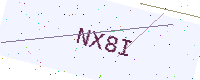
Text: NX8I